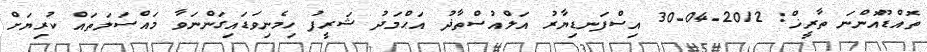
ތޮއްޑޫއޮންނަ ތާރީޚް: 2012-04-30 އިސްފަނޑިޔާރު އަލްއުސްތާޛު އަޙްމަދު ޝަރީފު ހިމެނިވަޑައިގަންނަވާ މައްސަލަތައް ކުރިޔަށް